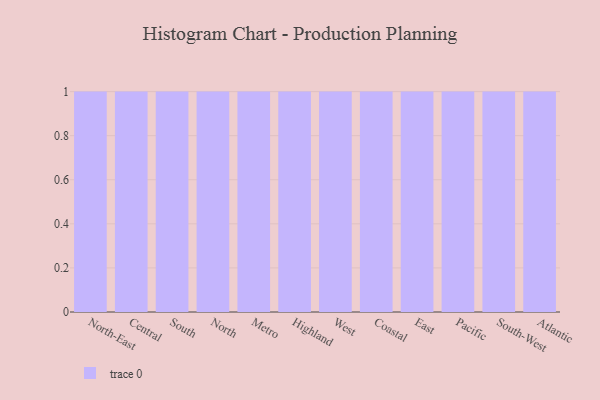
{"axis": {"x": "Region", "y": "Page Views"}, "legend": [""], "data": [{"x": "North-East", "y": 44, "type": ""}, {"x": "Central", "y": 50, "type": ""}, {"x": "South", "y": 86, "type": ""}, {"x": "North", "y": 31, "type": ""}, {"x": "Metro", "y": 17, "type": ""}, {"x": "Highland", "y": 16, "type": ""}, {"x": "West", "y": 45, "type": ""}, {"x": "Coastal", "y": 84, "type": ""}, {"x": "East", "y": 36, "type": ""}, {"x": "Pacific", "y": 22, "type": ""}, {"x": "South-West", "y": 76, "type": ""}, {"x": "Atlantic", "y": 34, "type": ""}]}